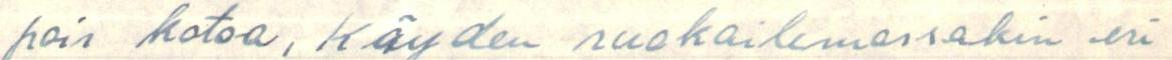
pois kotoa, käyden ruokailemassakin eri